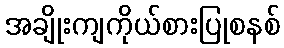
အချိုးကျကိုယ်စားပြုစနစ်